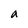
Character: a